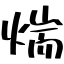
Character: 煓